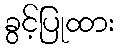
ခွင့်ပြုထား